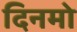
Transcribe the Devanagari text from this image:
दिनमो